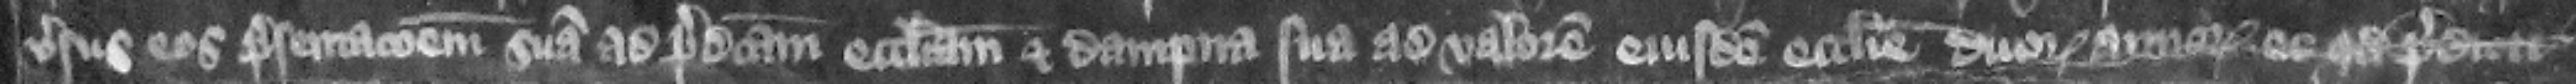
versus eos presentacionem suam ad predictam ecclesiam et dampna sua ad valorem eiusdem ecclesie duorum annorum o quod predicti